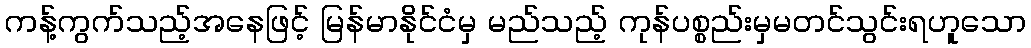
ကန့်ကွက်သည့်အနေဖြင့် မြန်မာနိုင်ငံမှ မည်သည့် ကုန်ပစ္စည်းမှမတင်သွင်းရဟူသော